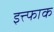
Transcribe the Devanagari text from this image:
इत्त्फाक